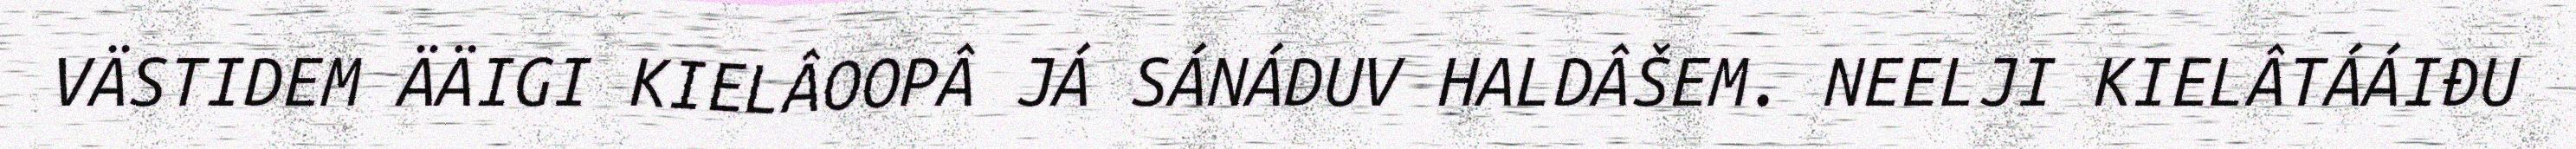
VÄSTIDEM ÄÄIGI KIELÂOOPÂ JÁ SÁNÁDUV HALDÂŠEM. NEELJI KIELÂTÁÁIĐU